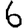
Digit: 6